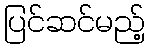
ပြင်ဆင်မည့်